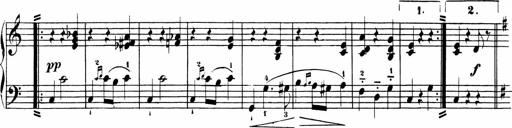
Title: Sonatinen Op.47, 98 und 136, nebst 6 Liedersonatinen
Composer: Carl Reinecke